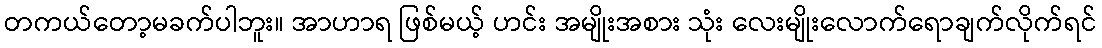
တကယ်တော့မခက်ပါဘူး။ အာဟာရ ဖြစ်မယ့် ဟင်း အမျိုးအစား သုံး လေးမျိုးလောက်ရောချက်လိုက်ရင်